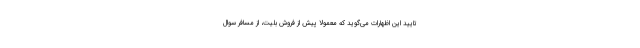
تایید این اظهارات می‌گوید که معمولا پیش از فروش بلیت، از مسافر سوال